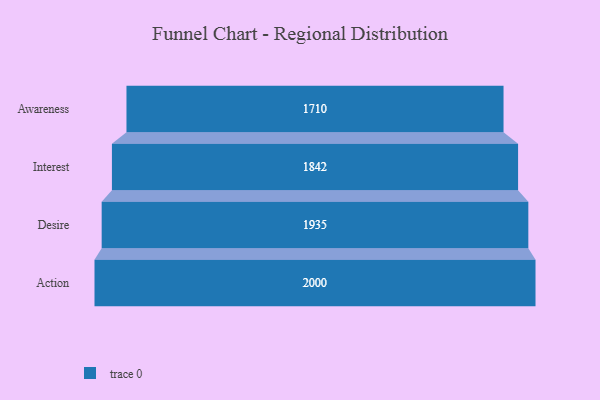
{"axis": {"x": "Stage", "y": "Value"}, "legend": [""], "data": [{"x": "Awareness", "y": 1710.0, "type": ""}, {"x": "Interest", "y": 1842.0, "type": ""}, {"x": "Desire", "y": 1935.0, "type": ""}, {"x": "Action", "y": 2000, "type": ""}]}